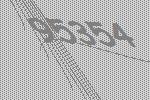
95354